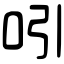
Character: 吲